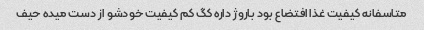
متاسفانه کیفیت غذا افتضاع بود باروژ داره کگ کم کیفیت خودشو از دست میده حیف